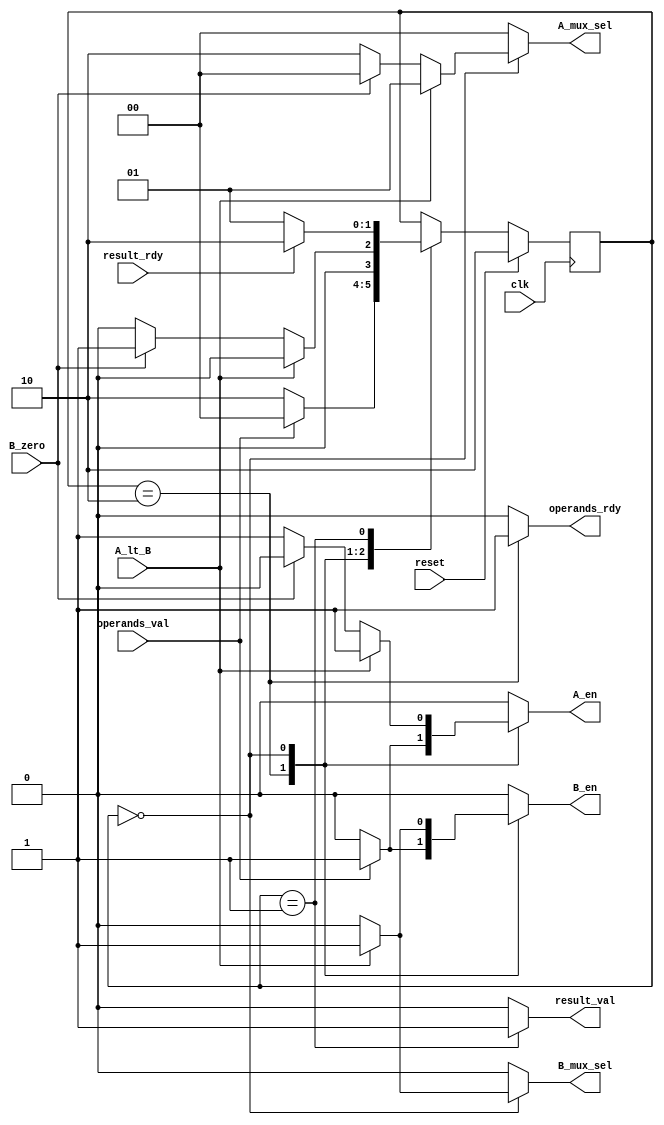
`timescale 1ns / 1ps
//=========================================================================
// RTL Model of GCD Unit Control
//-------------------------------------------------------------------------
//

module gcd_control
( 
	input clk, reset, operands_val, result_rdy,
	input B_zero, A_lt_B,
	output reg result_val, operands_rdy,
	output reg [1:0] A_mux_sel,
	output reg B_mux_sel, A_en, B_en
);

// Describe the control part as a stage machine

// Define state bits
parameter CALC = 2'b00;
parameter IDLE = 2'b10;
parameter DONE = 2'b01;

// Note that the only flip flop in the design is "state",
// nextstate must also be declared as a reg because
// it is reference from the always @* block, even though
// it isn't actually a register and is only a wire
reg [1:0] state;
reg [1:0] nextstate;



// Combinational logic decides what the next stage should be
always @* begin

	// Start by defining default values
	nextstate = state;// Stay in the same state by default
	// Only want to allow A/B registers to take new values when
	// we are sure the data on their inputs is valid
	A_en = 0;
	B_en = 0;
	result_val = 0;
	operands_rdy = 0;
	
	A_mux_sel = 0;
	B_mux_sel = 0;
	
	case (state)
	
		//IDLE STATE
		IDLE : begin
		    B_mux_sel = 0;
			operands_rdy = 1;
			if(operands_val == 1'b1) begin
				nextstate = CALC;
				A_en = 1;
				B_en = 1;
			end else begin
				nextstate = IDLE;
			end
		
		end
		
		//CALC STATE
		CALC : begin
			if(A_lt_B == 1'b1) begin
				//SWAP
				B_mux_sel = 1;
				A_mux_sel = 1;
				A_en = 1;
				B_en = 1;
				nextstate = CALC;
			end else if (B_zero == 1'b0) begin
			    B_mux_sel = 0;
				//SUBTRACT
				A_mux_sel = 2;
				A_en = 1;
				nextstate = CALC;
			end else begin
				//DONE
				nextstate = DONE;
				B_mux_sel = 0;
			end
		
		end
		
		//DONE STATE
		DONE : begin
		    B_mux_sel = 0;
			// see if outside is ready to take the result
			// if so, send it, and say that operands are ready
			// to take new values
            result_val = 1;
			if (result_rdy == 1'b1) begin
				nextstate = IDLE;
			// if not, stay in this state until the outside is ready for the result
			end else begin
				nextstate = DONE;
			end
		end
	
	endcase


end


// Sequential part of design.  At each clock edge, advance to the
// nextstate (as determined by combinational logic)
always @(posedge clk) begin

	if(reset)
		state <= IDLE;
	else
		state <= nextstate;

end

endmodule


//=========================================================================
// RTL Model of GCD Unit Datpath
//-------------------------------------------------------------------------
//

module gcd_datapath #( parameter W = 16 )
( 

	//data inputs/outputs
	input [W-1:0] operands_bits_A,
	input [W-1:0] operands_bits_B,
	output [W-1:0] result_bits_data,

	//global inputs
	input clk, reset,

	//control signal inputs and outputs
	input B_mux_sel, A_en, B_en,
	input [1:0] A_mux_sel,
	output B_zero,
	output A_lt_B
);


reg [W-1:0] A_reg;
reg [W-1:0] B_reg;
wire [W-1:0] A_next;
wire [W-1:0] B_next;
wire [W-1:0] sub_out;

// Combinational
// ------------
assign A_next
	= A_mux_sel == 0 ? operands_bits_A
	: A_mux_sel == 1 ? B_reg
	: A_mux_sel == 2 ? sub_out
	: {W{1'bx}};

assign B_next
	= B_mux_sel == 0 ? operands_bits_B
	: B_mux_sel == 1 ? A_reg
	: {W{1'bx}};

// Subtract
assign sub_out = A_reg - B_reg;

// Zero?
assign B_zero = (B_reg == 0) ? 1'b1 : 1'b0;

// LT
assign A_lt_B = (A_reg < B_reg) ? 1'b1 : 1'b0;

// Assign output
assign result_bits_data = A_reg;



// Sequential
// ---------
always @ (posedge clk or posedge reset) begin

	if(reset) begin
		A_reg <= 0;
		B_reg <= 0;
	end else begin
		if (A_en) A_reg <= A_next;
		if (B_en) B_reg <= B_next;
	end

end


endmodule


//=========================================================================
// RTL Model of GCD Unit
//-------------------------------------------------------------------------
//

// W is a parameter specifying the bit width of the module
module gcd#( parameter W = 16 ) 
( 
  input          clk,
  input          reset,

  input  [W-1:0] operands_bits_A,
  input  [W-1:0] operands_bits_B,  
  input          operands_val,
  output         operands_rdy,

  output [W-1:0] result_bits_data,
  output         result_val,
  input          result_rdy
);

// At this top level, hook together the 
// datapath part and control part only

// In verilog, multi-bit wires will only be
// a single bit wide if they are not declared
wire A_en, B_en, B_zero, A_lt_B, B_mux_sel;
wire [1:0] A_mux_sel;

// Notice W parameter is sent to the datapath
// module as well
gcd_datapath#(W) GCDdpath0(

	// external
	.operands_bits_A(operands_bits_A),
	.operands_bits_B(operands_bits_B),
	.result_bits_data(result_bits_data),

	// system
	.clk(clk), 
	.reset(reset),

	// internal (between ctrl and dpath)
	.A_mux_sel(A_mux_sel[1:0]), 
	.A_en(A_en), 
	.B_en(B_en),
	.B_mux_sel(B_mux_sel),
	.B_zero(B_zero),
	.A_lt_B(A_lt_B)
);

gcd_control GCDctrl0(

	// external
	.operands_rdy(operands_rdy),
	.operands_val(operands_val), 
	.result_rdy(result_rdy),
	.result_val(result_val), 

	// system
	.clk(clk), 
	.reset(reset), 

	// internal (between ctrl and dpath)
	.B_zero(B_zero), 
	.A_lt_B(A_lt_B),
	.A_mux_sel(A_mux_sel[1:0]), 
	.A_en(A_en), 
	.B_en(B_en),
	.B_mux_sel(B_mux_sel)

);

endmodule